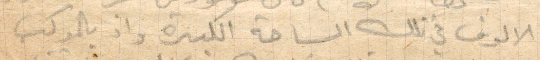
الاولوف في تلك الساحة الكبيرة وإذ بالموكب